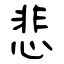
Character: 悲